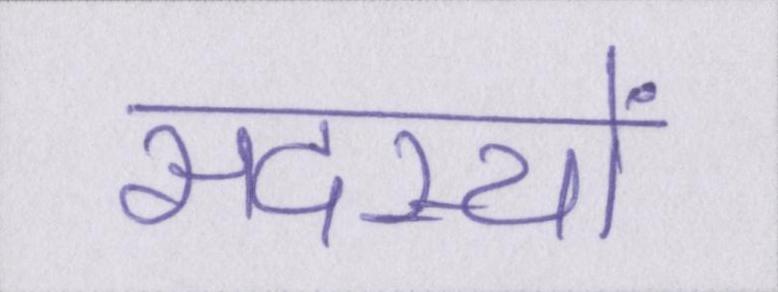
सदस्यों